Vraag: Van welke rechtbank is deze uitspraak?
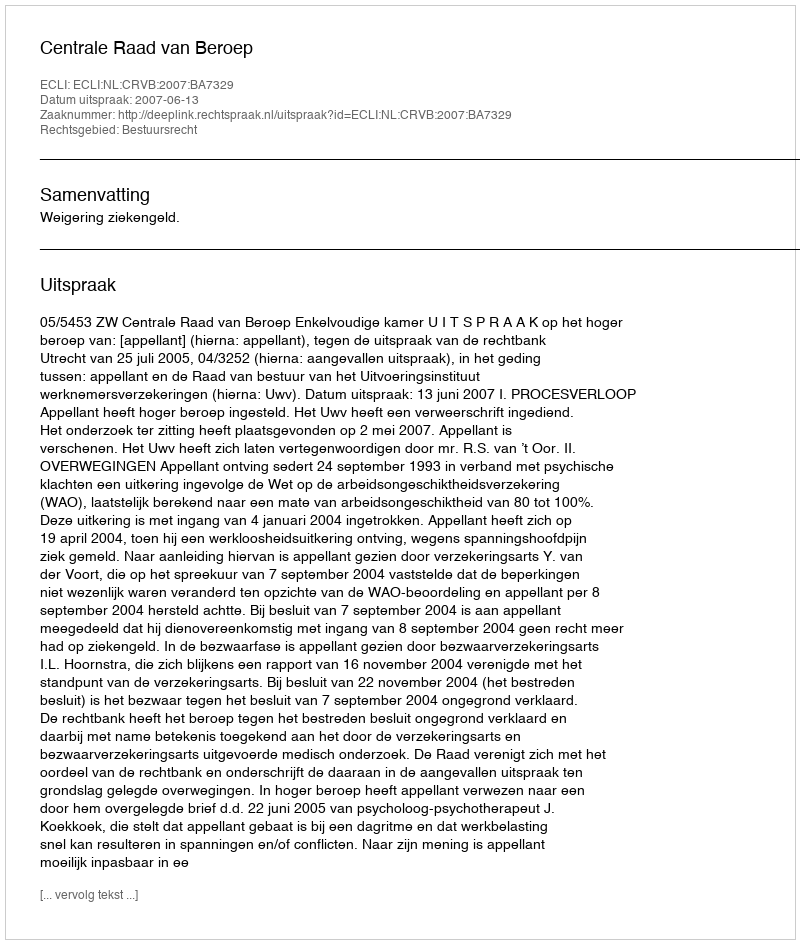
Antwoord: Centrale Raad van Beroep